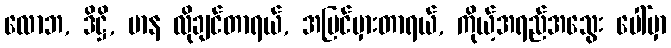
လောဘ, ဒိဋ္ဌိ, မာန လိုချင်တာရယ်, အမြင်မှားတာရယ်, ကိုယ့်အရည်အသွေး ပေါ်မှာ